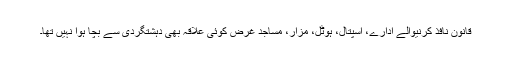
قانون نافذ کرنیوالے ادارے، اسپتال، ہوٹل، مزار، مساجد غرض کوئی علاقہ بھی دہشتگردی سے بچا ہوا نہیں تھا۔